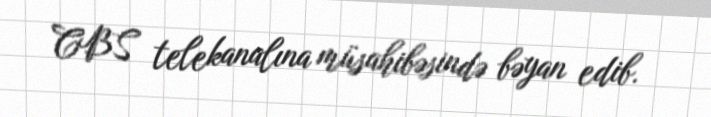
CBS telekanalına müsahibəsində bəyan edib.